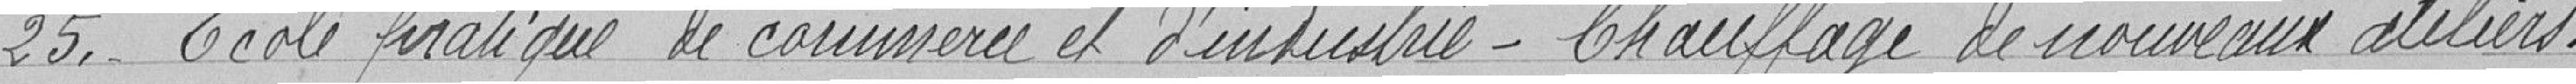
25. - Ecole pratique de commerce et d'industrie - Chauffage de nouveaux ateliers.